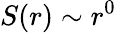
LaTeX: S(r)\sim r^{0}